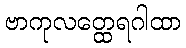
ဗာကုလတ္ထေရဂါထာ